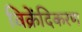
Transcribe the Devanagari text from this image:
विक्रेंदिकरण